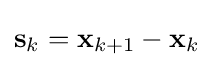
\mathbf {s} _{k}=\mathbf {x} _{k+1}-\mathbf {x} _{k}